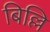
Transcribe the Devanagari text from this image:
बिल्लि